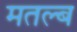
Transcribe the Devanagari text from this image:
मतल्ब